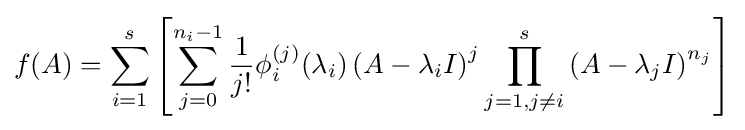
f(A)=\sum _{i=1}^{s}\left[\sum _{j=0}^{n_{i}-1}{\frac {1}{j!}}\phi _{i}^{(j)}(\lambda _{i})\left(A-\lambda _{i}I\right)^{j}\prod _{j=1,j\neq i}^{s}\left(A-\lambda _{j}I\right)^{n_{j}}\right]